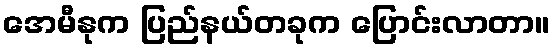
အေမီနုက ပြည်နယ်တခုက ပြောင်းလာတာ။